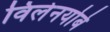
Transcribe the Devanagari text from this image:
विलेनयोबे